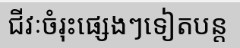
ជីវៈចំរុះផ្សេងៗទៀតបន្ត